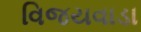
વિજયવાડા